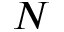
N